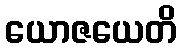
ယောဇယေတိ